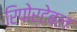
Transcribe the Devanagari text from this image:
रिपोर्टेबल